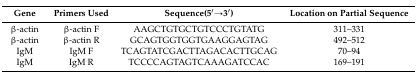
| Gene | Primers Used | Sequence(5′→3′) | Location on Partial Sequence |
 | --- | --- | --- | --- |
 | β-actin | β-actin F | AAGCTGTGCTGTCCCTGTATG | 311–331 |
 | β-actin | β-actin R | GCAGTGGTGGTGAAGGAGTAG | 492–512 |
 | IgM | IgM F | TCAGTATCGACTTAGACACTTGCAG | 70–94 |
 | IgM | IgM R | TCCCCAGTAGTCAAAGATCCAC | 169–191 |